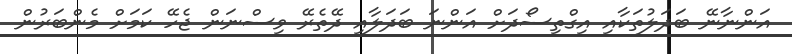
އަންނާނޭ ބަދަލުތަކާއި އިގްތިސޯދަށް އަންނަ ބަދަލާއި ދޭތެރޭ ވިސްނަން ޖެހޭ ކަމަށް މެންބަރުން